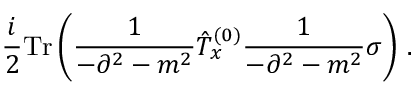
\frac { i } { 2 } \mathrm { T r } \left( \frac { 1 } { - \partial ^ { 2 } - m ^ { 2 } } \hat { T } _ { x } ^ { ( 0 ) } \frac { 1 } { - \partial ^ { 2 } - m ^ { 2 } } \sigma \right) \, .